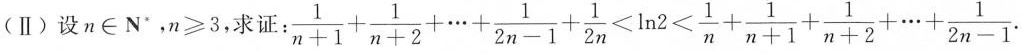
(Ⅱ)设n\in N^{\prime}，$$n ≥ 3$$，求证:$$\frac { 1 } { n + 1 } + \frac { 1 } { n + 2 } + \cdots + \frac { 1 } { 2 n - 1 } + \frac { 1 } { 2 n } < \ln 2 < \frac { 1 } { n } + \frac { 1 } { n + 1 } + \frac { 1 } { n + 2 } + \cdots + \frac { 1 } { 2 n - 1 }$$.